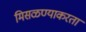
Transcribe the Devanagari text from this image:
मिसळण्याकरता